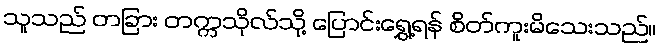
သူသည် တခြား တက္ကသိုလ်သို့ ပြောင်းရွှေ့ရန် စိတ်ကူးမိသေးသည်။